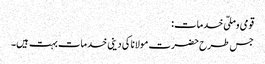
قومی وملّی خدمات:
جس طرح حضرت مولانا کی دینی خدمات بہت ہیں۔